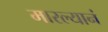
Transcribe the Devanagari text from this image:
मारल्यानं